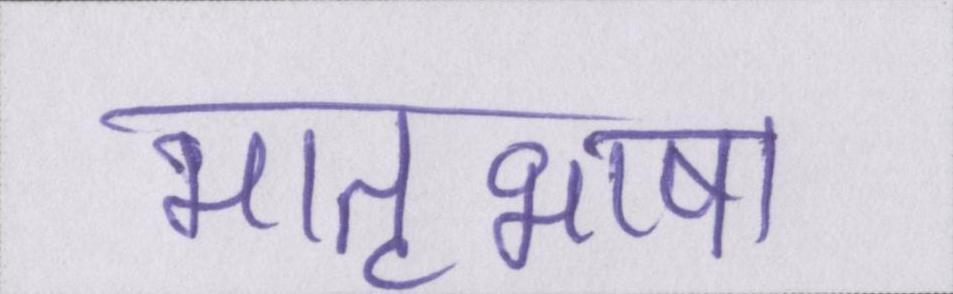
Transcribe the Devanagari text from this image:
मातृभाषा